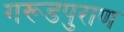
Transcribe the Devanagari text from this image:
गरूडपुराण